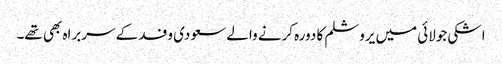
اشکی جولائی میں یروشلم کا دورہ کرنے والے سعودی وفد کے سربراہ بھی تھے۔